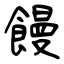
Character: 饅